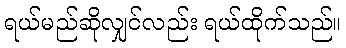
ရယ်မည်ဆိုလျှင်လည်း ရယ်ထိုက်သည်။